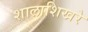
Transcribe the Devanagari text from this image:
शालाशिखरे